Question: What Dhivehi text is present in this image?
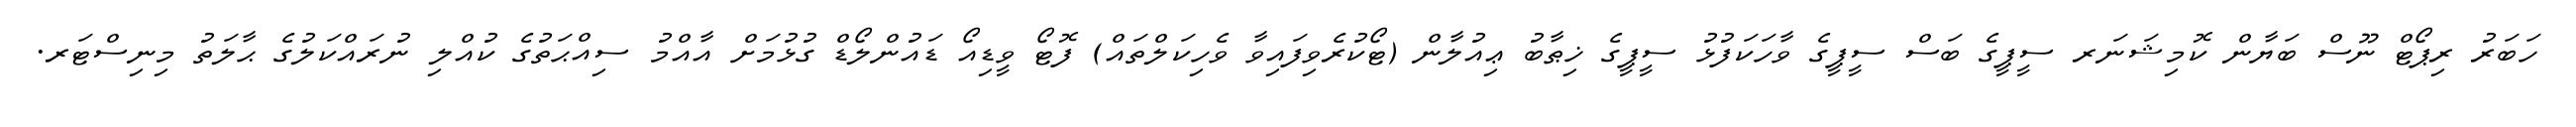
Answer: ހަބަރު ރިޕޯޓް ނޫސް ބަޔާން ކޮމިޝަނަރ ސީޕީގެ ބަސް ސީޕީގެ ވާހަކަފުޅު ސީޕީގެ ޚިޠާބު ޢިއުލާން (ޓޯކުރެވިފައިވާ ވެހިކަލްތައް) ފޮޓޯ ވީޑިއޯ ޑައުންލޯޑް ގުޅުމަށް އާއްމު ސިއްޙަތުގެ ކުއްލި ނުރައްކަލުގެ ޙާލަތު މިނިސްޓަރ.